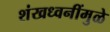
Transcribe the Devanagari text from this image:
शंखध्वनींमुळे